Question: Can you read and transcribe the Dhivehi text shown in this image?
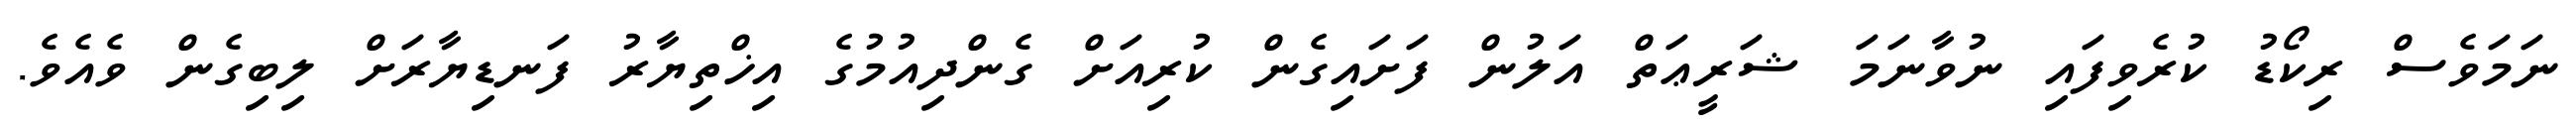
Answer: ނަމަވެސް ރިކޯޑު ކުރެވިފައި ނުވާނަމަ ޝަރީޢަތް އަލުން ފަށައިގެން ކުރިއަށް ގެންދިއުމުގެ އިޚްތިޔާރު ފަނޑިޔާރަށް ލިބިގެން ވެއެވެ.